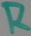
Text: R